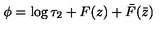
\phi = \log \tau _ { 2 } + F ( z ) + \bar { F } ( \bar { z } )